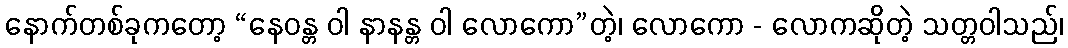
နောက်တစ်ခုကတော့ “နေဝန္တ ဝါ နာနန္တ ဝါ လောကော”တဲ့၊ လောကော - လောကဆိုတဲ့ သတ္တဝါသည်၊